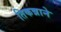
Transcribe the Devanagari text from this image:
तिकन्नाने